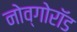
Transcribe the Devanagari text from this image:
नोव्गोरॉड